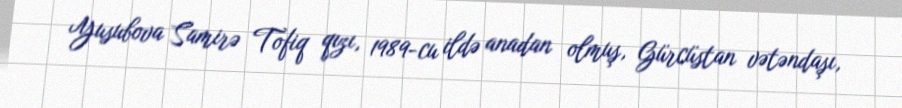
Yusubova Samirə Tofiq qızı, 1989-cu ildə anadan olmuş, Gürcüstan vətəndaşı,